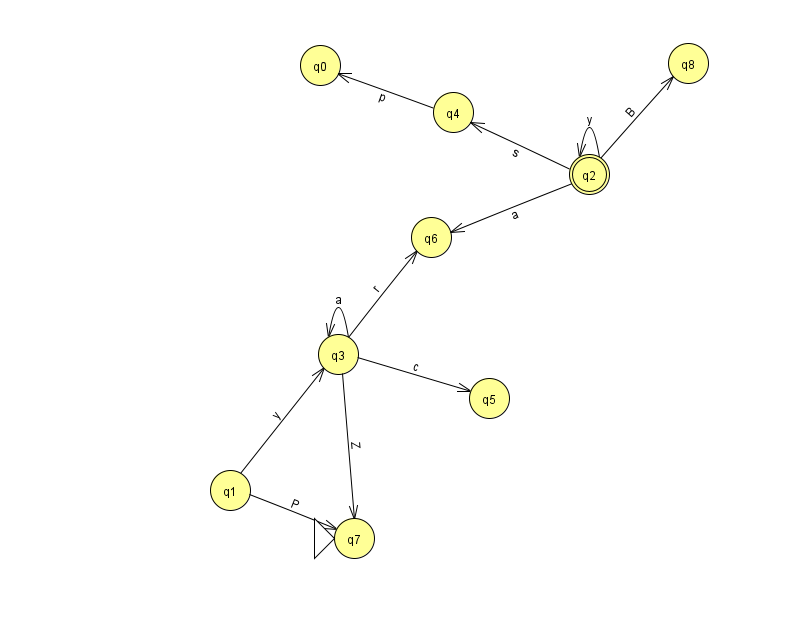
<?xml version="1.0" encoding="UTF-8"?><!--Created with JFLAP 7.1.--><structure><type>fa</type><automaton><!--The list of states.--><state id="0" name="q0"><x>320.0</x><y>52.0</y></state><state id="1" name="q1"><x>230.0</x><y>477.0</y></state><state id="2" name="q2"><x>589.0</x><y>161.0</y><final/></state><state id="3" name="q3"><x>338.0</x><y>341.0</y></state><state id="4" name="q4"><x>453.0</x><y>99.0</y></state><state id="5" name="q5"><x>489.0</x><y>385.0</y></state><state id="6" name="q6"><x>431.0</x><y>224.0</y></state><state id="7" name="q7"><x>354.0</x><y>525.0</y><initial/></state><state id="8" name="q8"><x>688.0</x><y>50.0</y></state><!--The list of transitions.--><transition><from>1</from><to>3</to><read>y</read></transition><transition><from>2</from><to>6</to><read>a</read></transition><transition><from>3</from><to>3</to><read>a</read></transition><transition><from>3</from><to>6</to><read>r</read></transition><transition><from>1</from><to>7</to><read>P</read></transition><transition><from>3</from><to>5</to><read>c</read></transition><transition><from>3</from><to>7</to><read>Z</read></transition><transition><from>2</from><to>4</to><read>s</read></transition><transition><from>2</from><to>8</to><read>B</read></transition><transition><from>2</from><to>2</to><read>y</read></transition><transition><from>4</from><to>0</to><read>p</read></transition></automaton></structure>